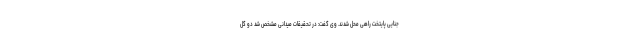
جنایی پایتخت راهی محل شدند. وی گفت: در تحقیقات میدانی مشخص شد دو گل